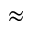
\approx